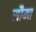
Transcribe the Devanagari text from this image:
सौमा